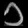
Digit: ၁